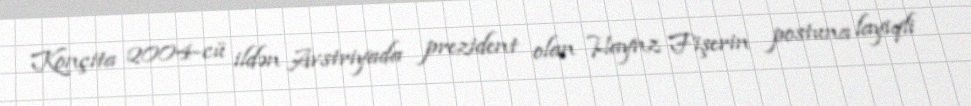
Konçita 2004-cü ildən Avstriyada prezident olan Haynz Fişerin postuna layiqli